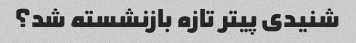
شنیدی پیتر تازه بازنشسته شد؟